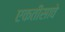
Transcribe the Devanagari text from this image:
एकतीसावे